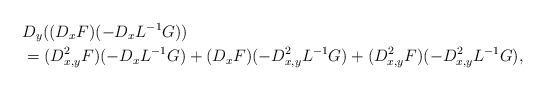
LaTeX: \begin{align*}& D_y((D_xF)(-D_xL^{-1}G))\\& =(D^2_{x,y}F)(-D_xL^{-1}G)+(D_xF)(-D^2_{x,y}L^{-1}G)+(D^2_{x,y}F)(-D^2_{x,y}L^{-1}G),\end{align*}